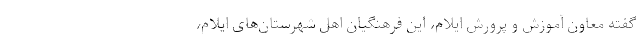
گفته معاون آموزش و پرورش ایلام، این فرهنگیان اهل شهرستان‌های ایلام،